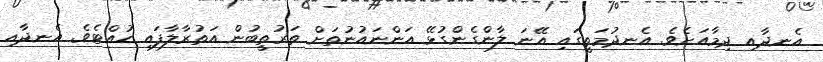
އެނދާއި ދިމާއަށެވެ. އެނދުމަތީގައި އޭނަ ލާންގެންގުޅޭ އަންނައުނުތަށް ތަރުތީބުން އަތުރާލާފައި ހުއްޓެވެ. އެނދާއި